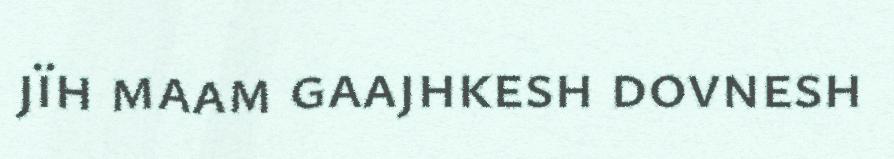
jïh maam gaajhkesh dovnesh